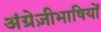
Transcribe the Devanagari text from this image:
अंग्रेज़ीभाषियों